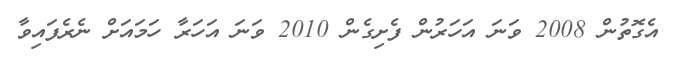
އެގޮތުން 2008 ވަނަ އަހަރުން ފެށިގެން 2010 ވަނަ އަހަރާ ހަމައަށް ނެރެފައިވާ